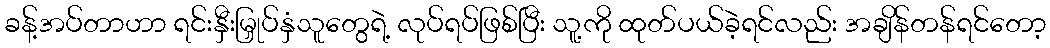
ခန့်အပ်တာဟာ ရင်းနှီးမြှုပ်နှံသူတွေရဲ့ လုပ်ရပ်ဖြစ်ပြီး သူ့ကို ထုတ်ပယ်ခဲ့ရင်လည်း အချိန်တန်ရင်တော့